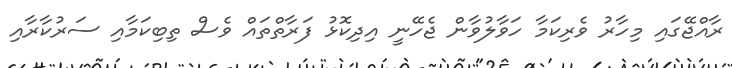
ރާއްޖޭގައި މިހާރު ވެރިކަމާ ހަވާލުވާން ޖެހޭނީ އިދިކޮޅު ފަރާތްތައް ވެސް ތިބިކަމާއި ސަރުކާރާއި